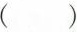
()